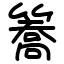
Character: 簥